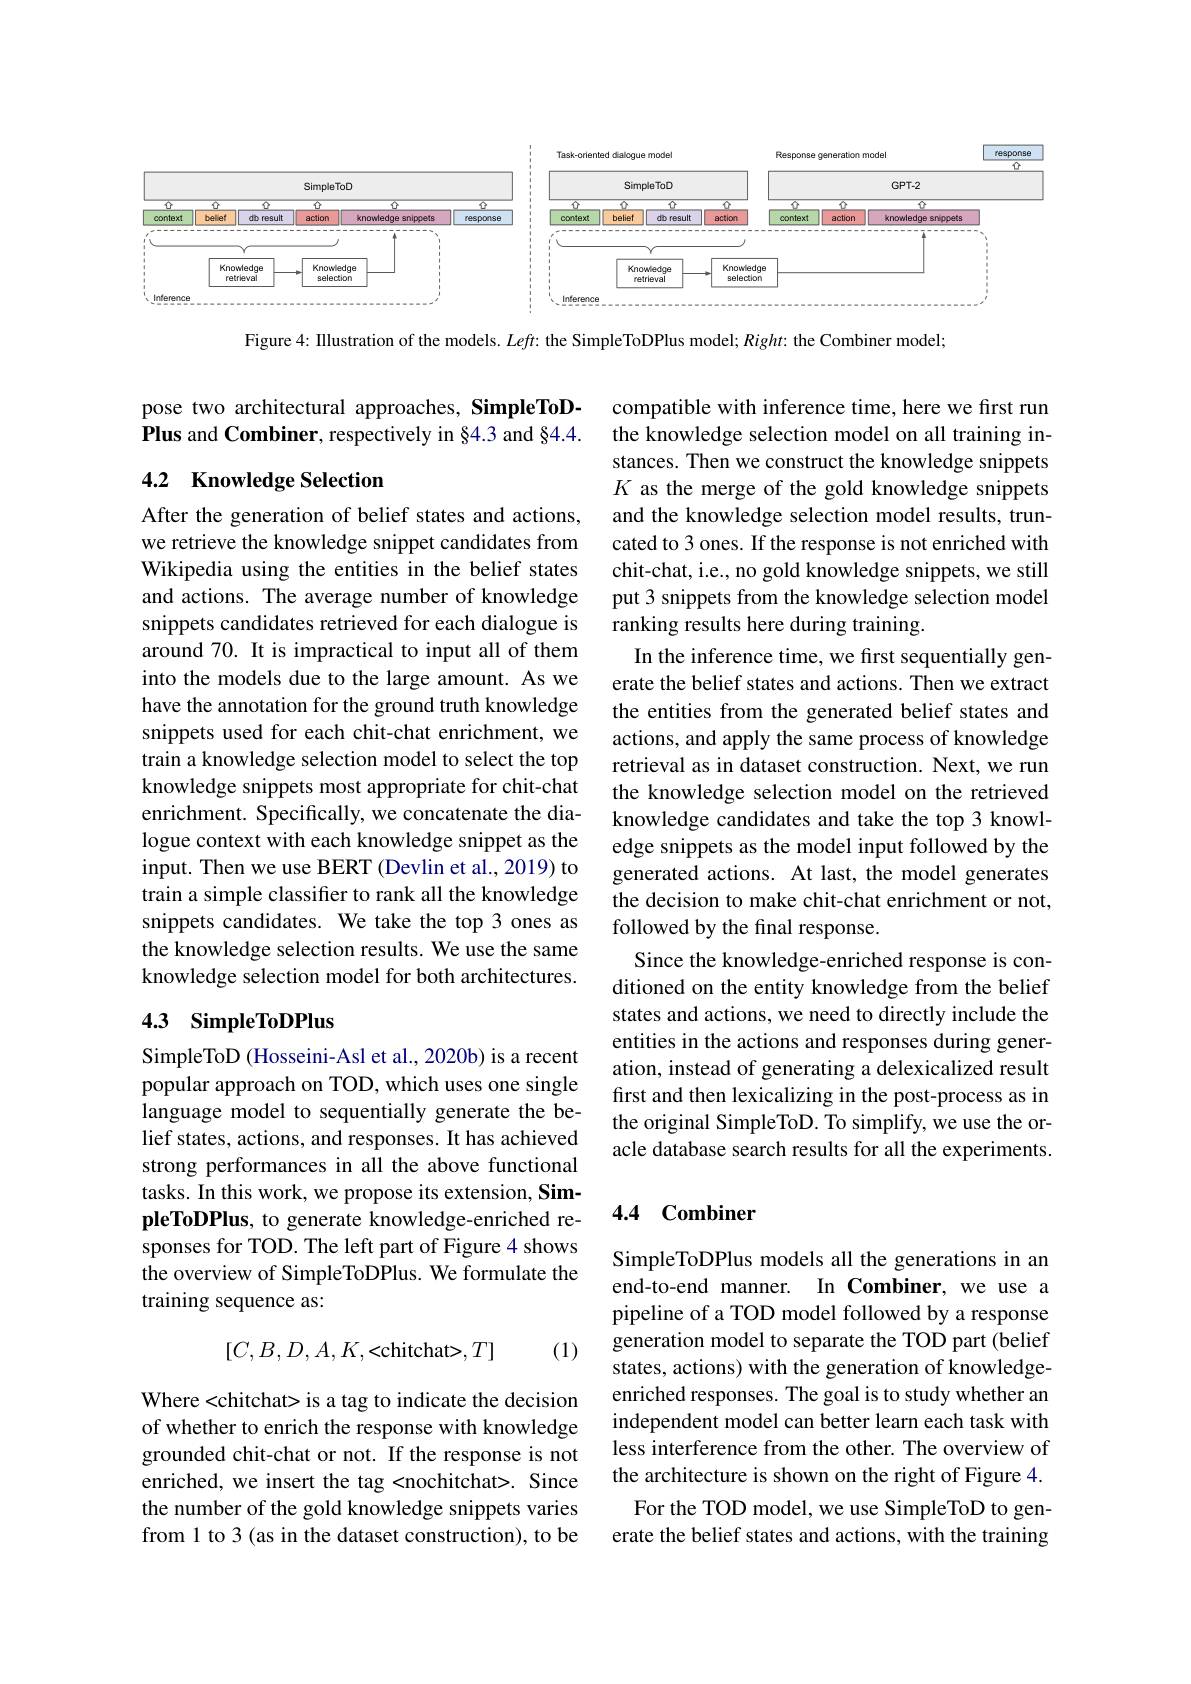
<FigureHere>

Figure 4: IIlustration of the models. $Left:$ the SimpleToDPlus model; $Right:$ the Combiner model;

pose two architectural approaches, SimpleToDPlus and Combiner, respectively in §4.3 and §4.4.

## 4.2 Knowledge Selection

After the generation of belief states and actions, we retrieve the knowledge snippet candidates from Wikipedia using the entities in the belief states and actions. The average number of knowledge snippets candidates retrieved for each dialogue is around 70. It is impractical to input all of them into the models due to the large amount. As we have the annotation for the ground truth knowledge snippets used for each chit-chat enrichment, we train a knowledge selection model to select the top knowledge snippets most appropriate for chit-chat enrichment. Specifically, we concatenate the dialogue context with each knowledge snippet as the input. Then we use BERT (Devlin et al., 2019) to train a simple classifier to rank all the knowledge snippets candidates. We take the top 3 ones as the knowledge selection results. We use the same knowledge selection model for both architectures.

compatible with inference time, here we first run the knowledge selection model on all training instances. Then we construct the knowledge snippets $K$ as the merge of the gold knowledge snippets and the knowledge selection model results, truncated to 3 ones. If the response is not enriched with chit-chat, i.e., no gold knowledge snippets, we still put 3 snippets from the knowledge selection model ranking results here during training.
In the inference time, we first sequentially generate the belief states and actions. Then we extract the entities from the generated belief states and actions, and apply the same process of knowledge retrieval as in dataset construction. Next, we run the knowledge selection model on the retrieved knowledge candidates and take the top 3 knowledge snippets as the model input followed by the generated actions. At last, the model generates the decision to make chit-chat enrichment or not, followed by the final response.
Since the knowledge-enriched response is conditioned on the entity knowledge from the belief states and actions, we need to directly include the entities in the actions and responses during generation, instead of generating a delexicalized result first and then lexicalizing in the post-process as in the original SimpleToD. To simplify, we use the oracle database search results for all the experiments.

## 4.3 SimpleToDPlus

SimpleToD (Hosseini-Asl et al., 2020b) is a recent popular approach on TOD, which uses one single language model to sequentially generate the belief states, actions, and responses. It has achieved strong performances in all the above functional tasks. In this work, we propose its extension, SimpleToDPlus, to generate knowledge-enriched responses for TOD. The left part of Figure 4 shows the overview of SimpleToDPlus. We formulate the training sequence as:

### 4.4 Combiner
$$[C,B,D,A,K,<\text{chitchat>},T]$$
(1)

SimpleToDPlus models all the generations in an end-to-end manner. In Combiner, we use a pipeline of a TOD model followed by a response generation model to separate the TOD part (belief states, actions) with the generation of knowledgeenriched responses. The goal is to study whether an independent model can better learn each task with less interference from the other. The overview of the architecture is shown on the right of Figure 4. For the TOD model, we use SimpleToD to gen-
erate the belief states and actions, with the training

Where <chitchat> is a tag to indicate the decision of whether to enrich the response with knowledge grounded chit-chat or not. If the response is not enriched, we insert the tag <nochitchat>. Since the number of the gold knowledge snippets varies from 1 to 3 (as in the dataset construction), to be